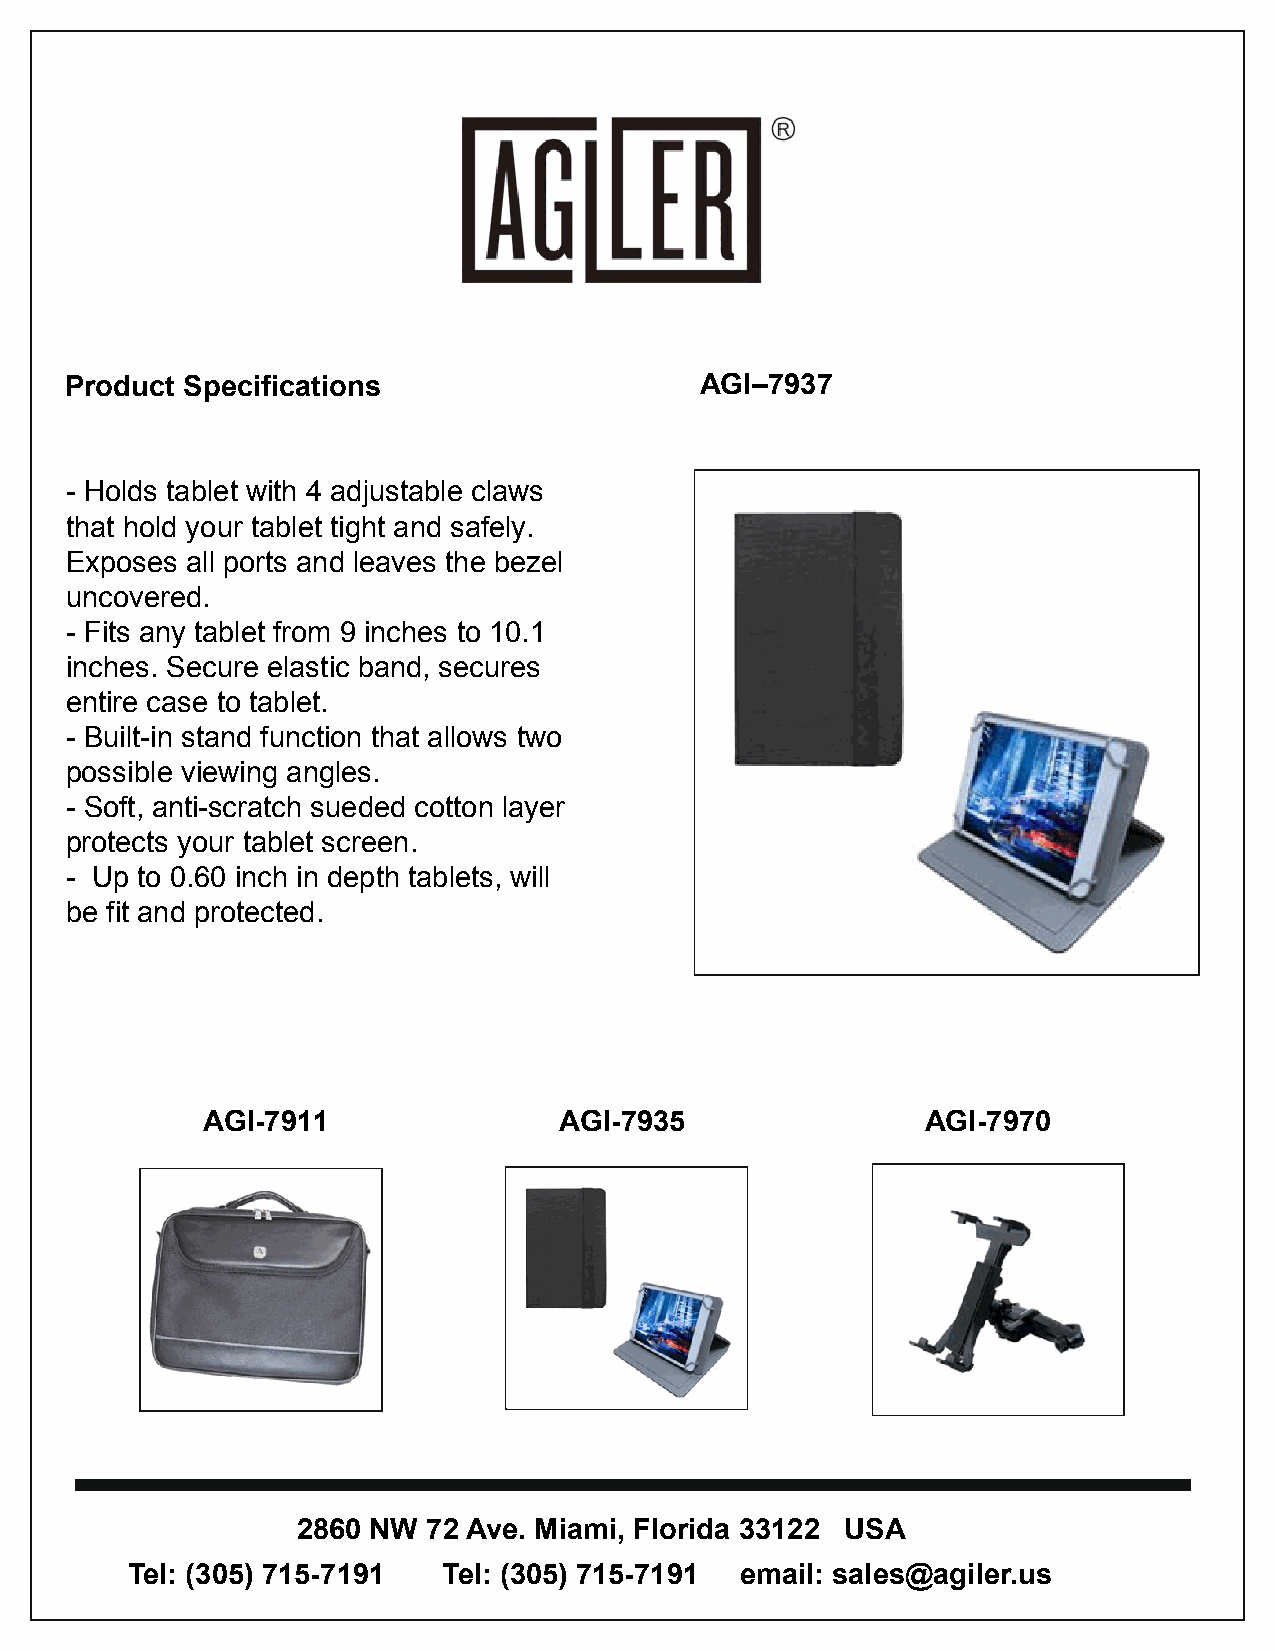
Product Specifications                    AGI–7937
 - Holds tablet with 4 adjustable claws
 that hold your tablet tight and safely.
 Exposes all ports and leaves the bezel
 uncovered.
 - Fits any tablet from 9 inches to 10.1
 inches. Secure elastic band, secures
 entire case to tablet.
 - Built-in stand function that allows two
 possible viewing angles.
 - Soft, anti-scratch sueded cotton layer
 protects your tablet screen.
 - Up to 0.60 inch in depth tablets, will
 be fit and protected.
 AGI-7911                AGI-7935                AGI-7970
 2860 NW 72 Ave. Miami, Florida 33122 USA
 Tel: (305) 715-7191  Tel: (305) 715-7191 email: sales@agiler.us